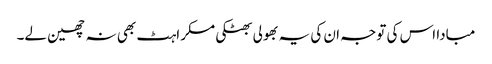
مبادا اس کی توجہ ان کی یہ بھولی بھٹکی مسکراہٹ بھی نہ چھین لے۔